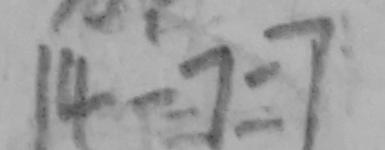
1 4 - 7 = 7